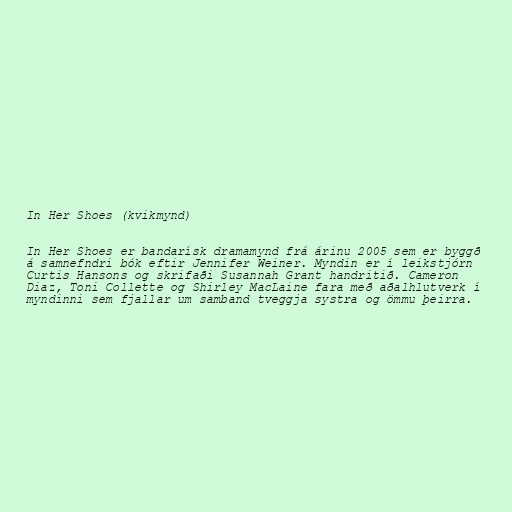
In Her Shoes (kvikmynd)

In Her Shoes er bandarísk dramamynd frá árinu 2005 sem er byggð
á samnefndri bók eftir Jennifer Weiner. Myndin er í leikstjórn
Curtis Hansons og skrifaði Susannah Grant handritið. Cameron
Diaz, Toni Collette og Shirley MacLaine fara með aðalhlutverk í
myndinni sem fjallar um samband tveggja systra og ömmu þeirra.